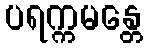
ပရက္ကမန္တေ